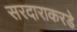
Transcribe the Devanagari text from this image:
सरदाराकरडे